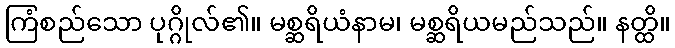
ကြံစည်သော ပုဂ္ဂိုလ်၏။ မစ္ဆရိယံနာမ၊ မစ္ဆရိယမည်သည်။ နတ္ထိ။